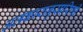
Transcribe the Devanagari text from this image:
अलंकारानुसारिणी